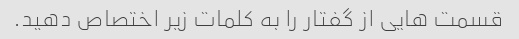
قسمت هایی از گفتار را به کلمات زیر اختصاص دهید.